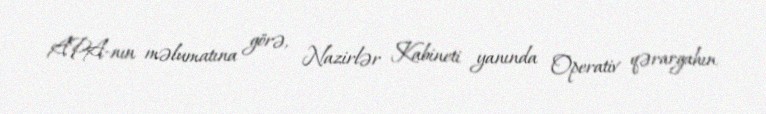
APA-nın məlumatına görə, Nazirlər Kabineti yanında Operativ qərargahın